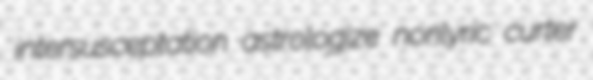
intersusceptation astrologize nonlyric curter